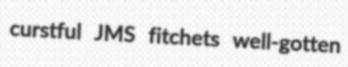
curstful JMS fitchets well-gotten